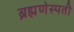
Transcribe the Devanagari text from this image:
ब्रह्मणेस्पती